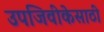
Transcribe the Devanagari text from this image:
उपजिवीकेसाठी